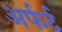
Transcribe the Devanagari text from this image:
अर्फर्ट